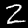
Digit: 2